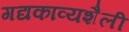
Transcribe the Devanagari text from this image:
गद्यकाव्यशैली